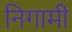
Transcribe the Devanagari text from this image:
निगामी